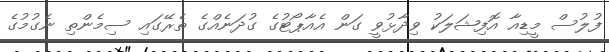
ފުލުސް މީޑިއާ އޮފިޝަލަކު ވިދާޅުވީ ގަން އެއާޕޯޓުގެ ގުދަނެއްގެ ތެރޭގައި ސިމެންތި ނެގުމުގެ